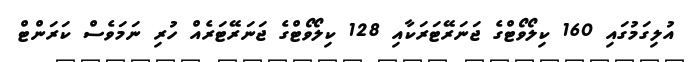
އުލިގަމުގައި 160 ކިލޯވޯޓްގެ ޖަނަރޭޓަރަކާއި 128 ކިލޯވޯޓްގެ ޖަނަރޭޓަރެއް ހުރި ނަމަވެސް ކަރަންޓް